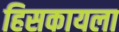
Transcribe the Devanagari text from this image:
हिसकायला